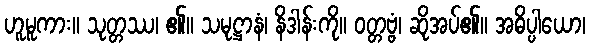
ဟူမူကား။ သုတ္တဿ၊ ၏။ သမုဋ္ဌာနံ၊ နိဒါန်းကို။ ဝတ္တဗ္ဗံ၊ ဆိုအပ်၏။ အဓိပ္ပါယော၊